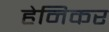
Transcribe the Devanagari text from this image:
हेनिकर